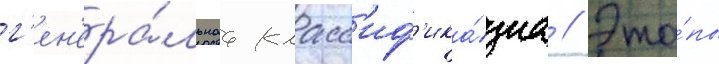
г'ен'ера́льнаа класс'иф'ика́циа // Эта́пы